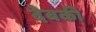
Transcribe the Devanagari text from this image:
देबकी